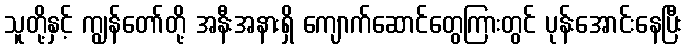
သူတို့နှင့် ကျွန်တော်တို့ အနီးအနားရှိ ကျောက်ဆောင်တွေကြားတွင် ပုန်းအောင်းနေပြီး